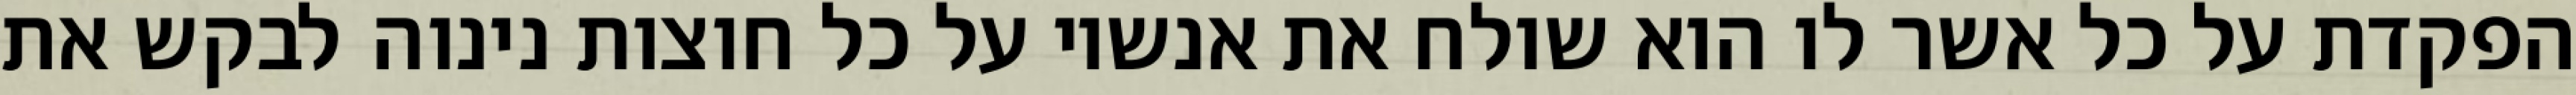
הפקדת על כל אשר לו הוא שולח את אנשיו על כל חוצות נינוה לבקש את